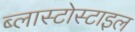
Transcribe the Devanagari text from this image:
ब्लास्टोस्टाइल